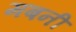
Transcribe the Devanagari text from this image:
मबनी